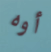
أوه